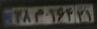
۳۸م۱۶۴۲۱